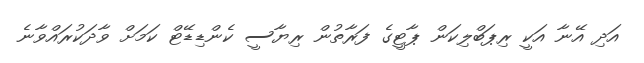
އަދި އޭނާ އަކީ ރިޕަބްލިކަން ޕާޓީގެ ފަރާތުން ރިޔާސީ ކެންޑިޑޭޓް ކަމަަށް ވާދަކުރައްވާނެ